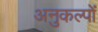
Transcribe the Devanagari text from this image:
अनुकल्पों